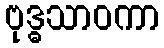
ဗုဒ္ဓသာဝကာ